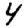
Digit: 4